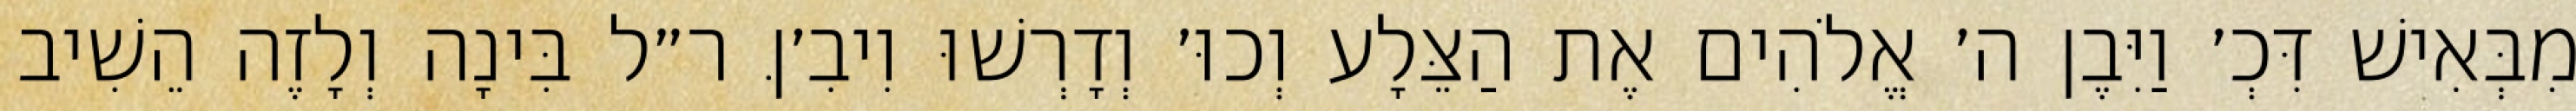
מִבְּאִישׁ דִּכְ׳ וַיִּבֶן ה׳ אֱלֹהִים אֶת הַצֵּלָע וְכוּ׳ וְדָרְשׁוּ וִיבִ׳ןּ ר״ל בִּינָה וְלָזֶה הֵשִׁיב